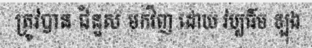
ត្រូវបាន ជំនួស មកវិញ ដោយ វប្បធ៌ម ឡុង